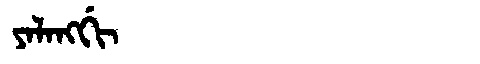
Manchu: ᠶᠠᠯᠠᠩᡤᡳ
Romanization: YALANGGI